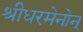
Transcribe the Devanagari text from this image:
श्रीधरमेनोन्